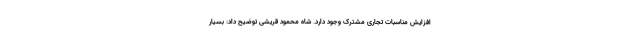
افزایش مناسبات تجاری مشترک وجود دارد. شاه محمود قریشی توضیح داد: بسیار